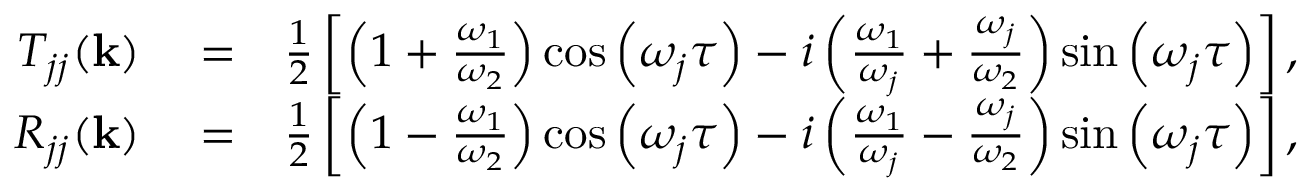
\begin{array} { r l r } { T _ { j j } ( { \bf k } ) } & { { } = } & { \frac { 1 } { 2 } \left[ \left( 1 + \frac { \omega _ { 1 } } { \omega _ { 2 } } \right) \cos \left( \omega _ { j } \tau \right) - i \left( \frac { \omega _ { 1 } } { \omega _ { j } } + \frac { \omega _ { j } } { \omega _ { 2 } } \right) \sin \left( \omega _ { j } \tau \right) \right] , } \\ { R _ { j j } ( { \bf k } ) } & { { } = } & { \frac { 1 } { 2 } \left[ \left( 1 - \frac { \omega _ { 1 } } { \omega _ { 2 } } \right) \cos \left( \omega _ { j } \tau \right) - i \left( \frac { \omega _ { 1 } } { \omega _ { j } } - \frac { \omega _ { j } } { \omega _ { 2 } } \right) \sin \left( \omega _ { j } \tau \right) \right] , } \end{array}